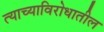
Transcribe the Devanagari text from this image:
त्याच्याविरोधातील